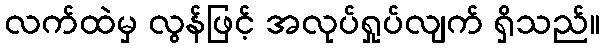
လက်ထဲမှ လွန်ဖြင့် အလုပ်ရှုပ်လျက် ရှိသည်။